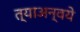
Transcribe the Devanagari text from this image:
त्याअन्वये